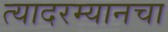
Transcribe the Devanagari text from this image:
त्यादरम्यानचा